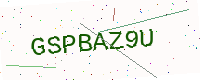
Text: GSPBAZ9U